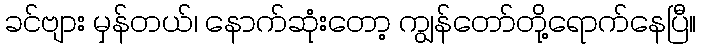
ခင်ဗျား မှန်တယ်၊ နောက်ဆုံးတော့ ကျွန်တော်တို့ရောက်နေပြီ။